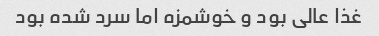
غذا عالی بود و خوشمزه اما سرد شده بود